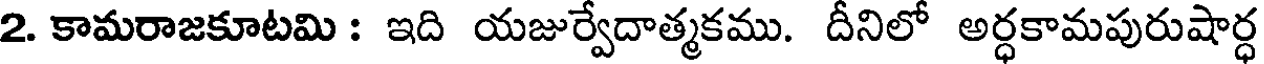
2. కామరాజకూటమి : ఇది యజుర్వేదాత్మకము. దీనిలో అర్ధకామపురుషార్ధ